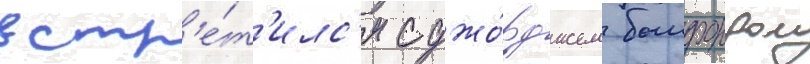
встр'е́т'илс'я с джо́рджем бомфордом